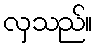
လှသည်။